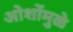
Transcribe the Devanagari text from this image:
ओशोंमुळे